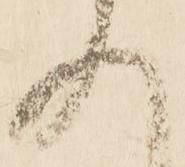
入